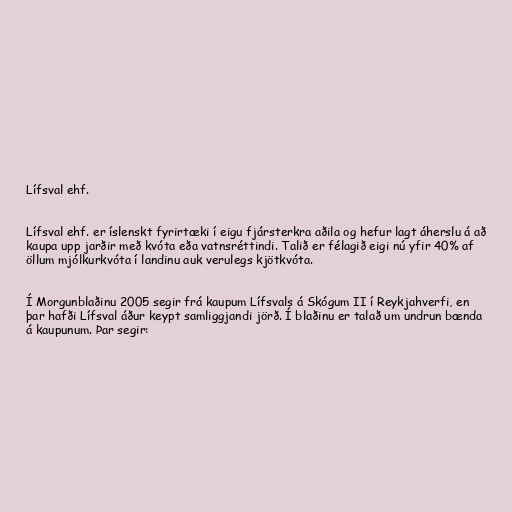
Lífsval ehf.

Lífsval ehf. er íslenskt fyrirtæki í eigu fjársterkra aðila og hefur lagt áherslu á að
kaupa upp jarðir með kvóta eða vatnsréttindi. Talið er félagið eigi nú yfir 40% af
öllum mjólkurkvóta í landinu auk verulegs kjötkvóta.

Í Morgunblaðinu 2005 segir frá kaupum Lífsvals á Skógum II í Reykjahverfi, en
þar hafði Lífsval áður keypt samliggjandi jörð. Í blaðinu er talað um undrun bænda
á kaupunum. Þar segir: